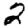
Digit: 2